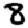
Digit: 8